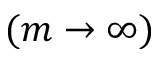
( m \rightarrow \infty )